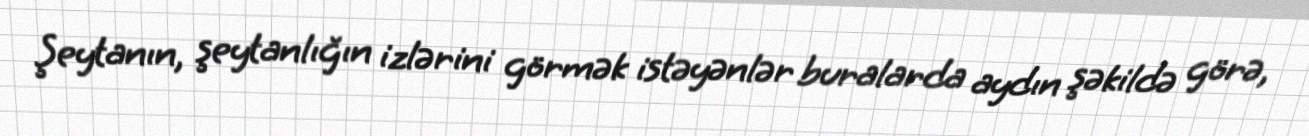
Şeytanın, şeytanlığın izlərini görmək istəyənlər buralarda aydın şəkildə görə,